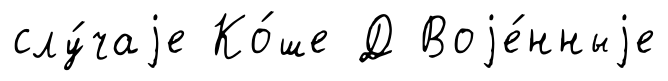
слу́чаjе Ко́ше Д Воjе́нныjе